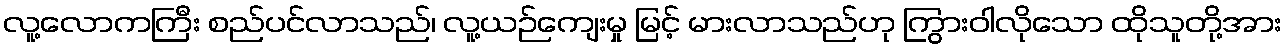
လူ့လောကကြီး စည်ပင်လာသည်၊ လူ့ယဉ်ကျေးမှု မြင့် မားလာသည်ဟု ကြွားဝါလိုသော ထိုသူတို့အား